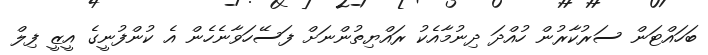
ބަހައްޓަން ސަރުކާރުން ހުއްދަ ދިނުމާއެކު ރައްޔިތުންނަށް ފަސޭހަވާނެހެން އެ ކުންފުނީގެ އީޒީ ފިލް